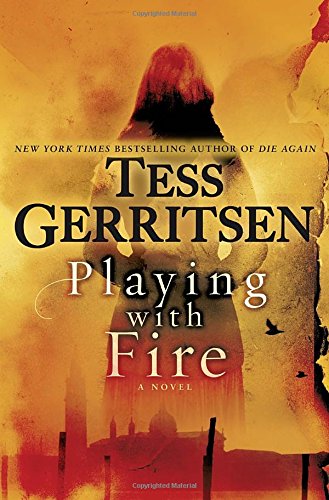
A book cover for Playing with Fire: A Novel; Tess Gerritsen; Mystery, Thriller & Suspense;